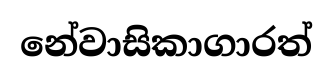
නේවාසිකාගාරත්